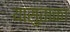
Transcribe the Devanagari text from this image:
यासुताका